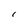
Character: I